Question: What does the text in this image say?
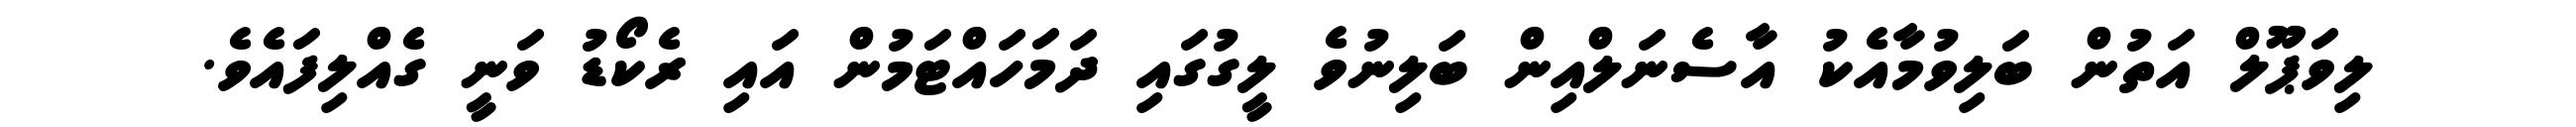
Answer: ލިވަޕޫލް އަތުން ބަލިވުމާއެކު އާސެނަލްއިން ބަލިނުވެ ލީގުގައި ދަމަހައްޓަމުން އައި ރެކޯޑު ވަނީ ގެއްލިފައެވެ.